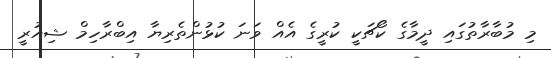
މި މުބާރާތުގައި ދީމާގެ ކޯޗަކީ ކުރީގެ އެއް ވަނަ ކުޅުންތެރިޔާ އިބްރާހިމް ޝިއުރީ